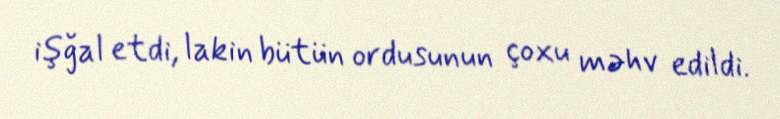
işğal etdi, lakin bütün ordusunun çoxu məhv edildi.